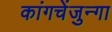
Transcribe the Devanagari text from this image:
कांगचेंजुन्गा